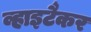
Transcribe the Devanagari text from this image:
व्हाइटैकर